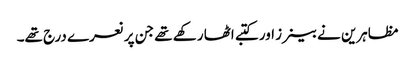
مظاہرین نے بینرز اور کتبے اٹھا رکھے تھے جن پر نعرے درج تھے۔